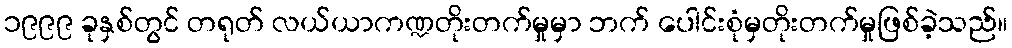
၁၉၉၉ ခုနှစ်တွင် တရုတ် လယ်ယာကဏ္ဍတိုးတက်မှုမှာ ဘက် ပေါင်းစုံမှတိုးတက်မှုဖြစ်ခဲ့သည်။